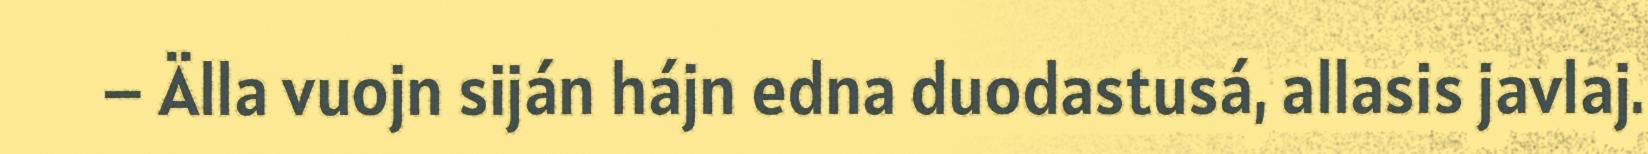
– Älla vuojn siján hájn edna duodastusá, allasis javlaj.